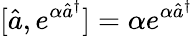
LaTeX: [\hat{a},e^{\alpha\hat{a}^{\dagger}}]=\alpha e^{\alpha\hat{a}^{\dagger}}